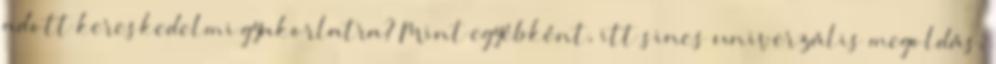
adott kereskedelmi gyakorlatra? Mint egyébként, itt sincs univerzális megoldás,